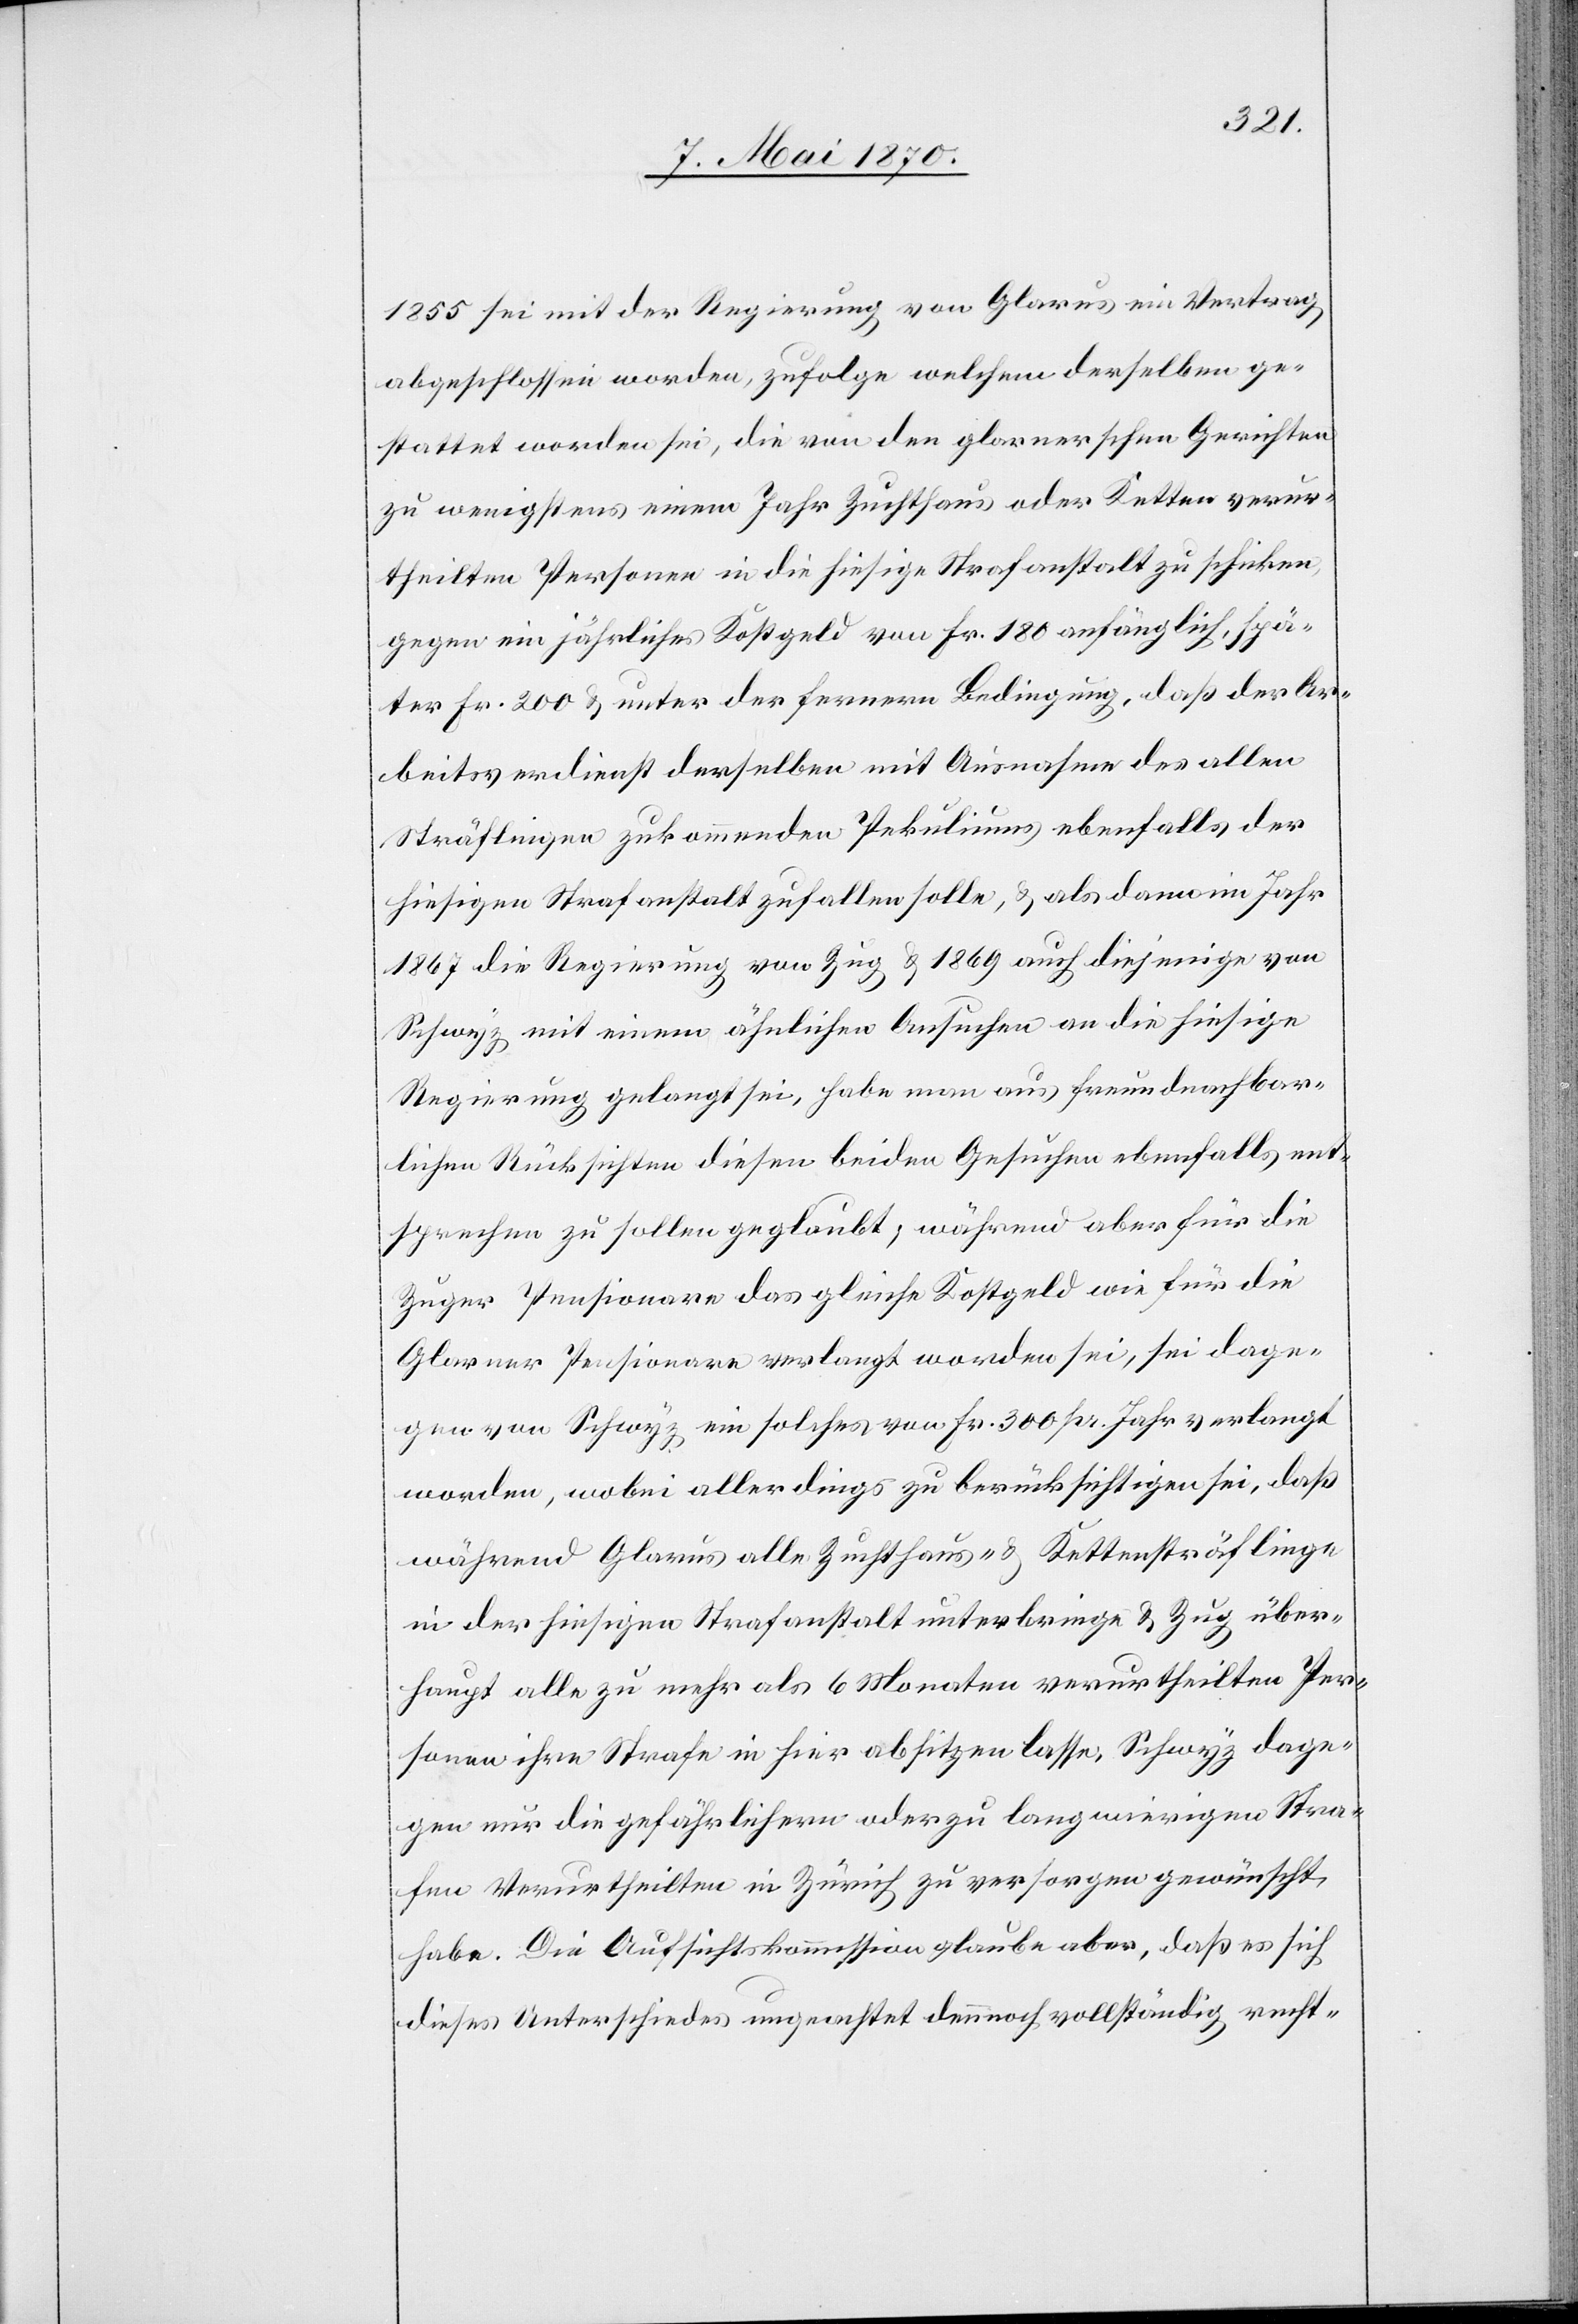
1885 sei mit der Regierung von Glarus ein Vertrag
abgeschlossen worden, zufolge welchem derselben ge¬
stattet worden sei, die von den glarnerschen Gerichten
zu wenigstens einem Jahr Zuchthaus oder Ketten verur¬
theilten Personen in die hiesige Strafanstalt zu schicken,
gegen ein jährliches Kostgeld von Fr. 180 anfänglich, spä¬
ter Fr. 200 & unter der fernern Bedingung, daß der Ar¬
beitsverdienst derselben mit Ausnahme des allen
Sträflingen zukommenden Pekuliums ebenfalls der
hiesigen Strafanstalt zufallen solle, & als dann im Jahr
1867 die Regierung von Zug & 1869 auch diejenige von
Schwyz mit einem ähnlichen Ansuchen an die hiesige
Regierung gelangt sei, habe man aus freundnachbar¬
lichen Rücksichten diesen beiden Gesuchen ebenfalls ent¬
sprechen zu sollen geglaubt; während aber für die
Zuger Pensionare das gleiche Kostgeld wie für die
Glarner Pensionare verlangt worden sei, sei dage¬
gen von Schwyz ein solches von Fr. 300 pr. Jahr verlangt
worden, wobei allerdings zu berücksichtigen sei, daß
während Glarus alle Zuchthaus- & Kettensträflinge
in der hiesigen Strafanstalt unterbringe & Zug über¬
haupt alle zu mehr als 6 Monaten verurtheilten Per¬
sonen ihre Strafe in hier absitzen lasse, Schwyz dage¬
gen nur die gefährlichern oder zu langwierigen Stra¬
fen Verurtheilten in Zürich zu versorgen gewünscht
habe. Die Aufsichtskommission glaube aber, daß es sich
dieses Unterschiedes ungeachtet dennoch vollständig recht-